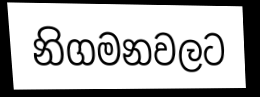
නිගමනවලට